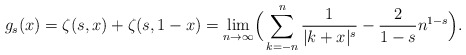
\begin{align*} g_s(x)=\zeta(s,x)+\zeta(s,1-x)=\lim_{n\to\infty}\Bigr(\sum_{k=-n}^n \frac{1}{|k+x|^s}-\frac{2}{1-s}n^{1-s}\Bigr).\end{align*}